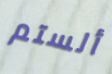
ألستم